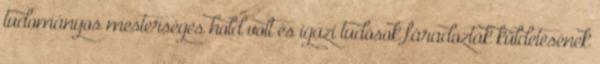
tudományos mesterséges hold volt és igazi tudósok fáradoztak küldetésének